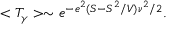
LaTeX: < T _ { \gamma } > \sim e ^ { - e ^ { 2 } ( S - S ^ { 2 } / V ) \nu ^ { 2 } / 2 } .